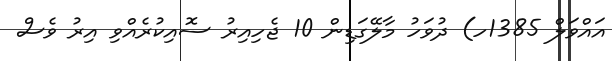
އައްވަލް 1385ހ) ދުވަހު މާލޭގަޑިން 10 ޖެހިއިރު ސޮއިކުރެއްވި އިރު ވެސް